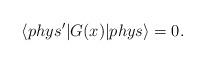
LaTeX: \begin{align*}\langle phys' | G(x) |phys \rangle = 0.\end{align*}